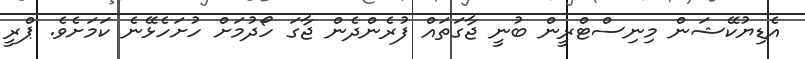
އެޑިޔުކޭޝަން މިނިސްޓްރީން ބުނީ ޖާގަތައް ފުރެންދެން ޖާގަ ހޯދުމަށް ހުށަހެޅޭނެ ކަމަށެވެ. ޕްރީ